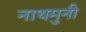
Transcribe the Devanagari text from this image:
नाथमुनी